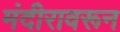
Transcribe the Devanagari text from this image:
मंदीरावरून